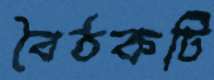
বৈঠকটি